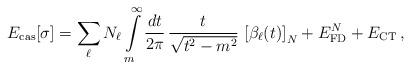
LaTeX: \begin{align*}E_{\rm cas}[\sigma]=\sum\limits_{\ell} N_\ell \int\limits_m^\infty\frac{d t}{2\pi}\,\frac{t}{\sqrt{t^2-m^2}}\,\left[\beta_\ell(t)\right]_{N}+ E_{\rm FD}^{N} + E_{\rm CT} \,,\end{align*}